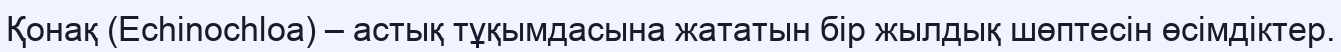
Қонақ (Echіnochloa) – астық тұқымдасына жататын бір жылдық шөптесін өсімдіктер.